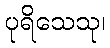
ပုရိသေသု၊